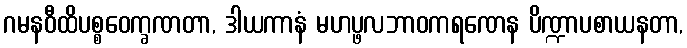
ဂမနဝီထိပစ္စဝေက္ခဏတာ, ဒါယကာနံ မဟပ္ဖလဘာဝကရဏေန ပိဏ္ဍာပစာယနတာ,